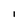
Character: I